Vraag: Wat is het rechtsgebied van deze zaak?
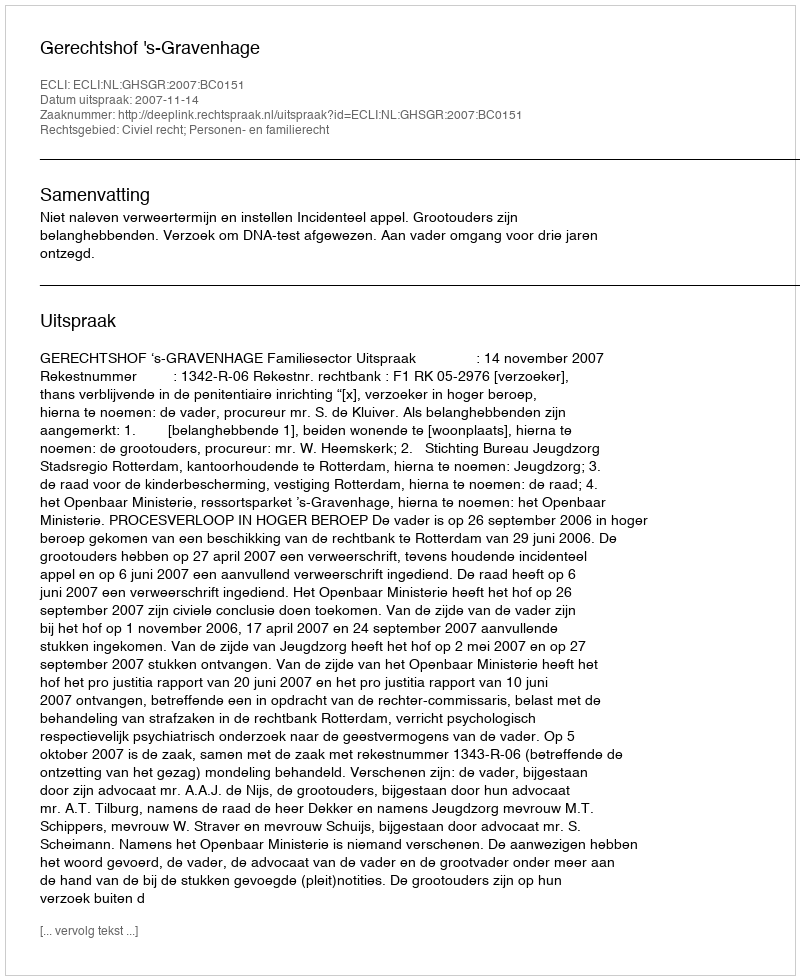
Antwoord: Civiel recht; Personen- en familierecht